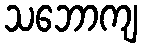
သဘောကျ